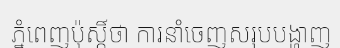
ភ្នំពេញប៉ុស្តិ៍ថា ការនាំចេញសរុបបង្ហាញ